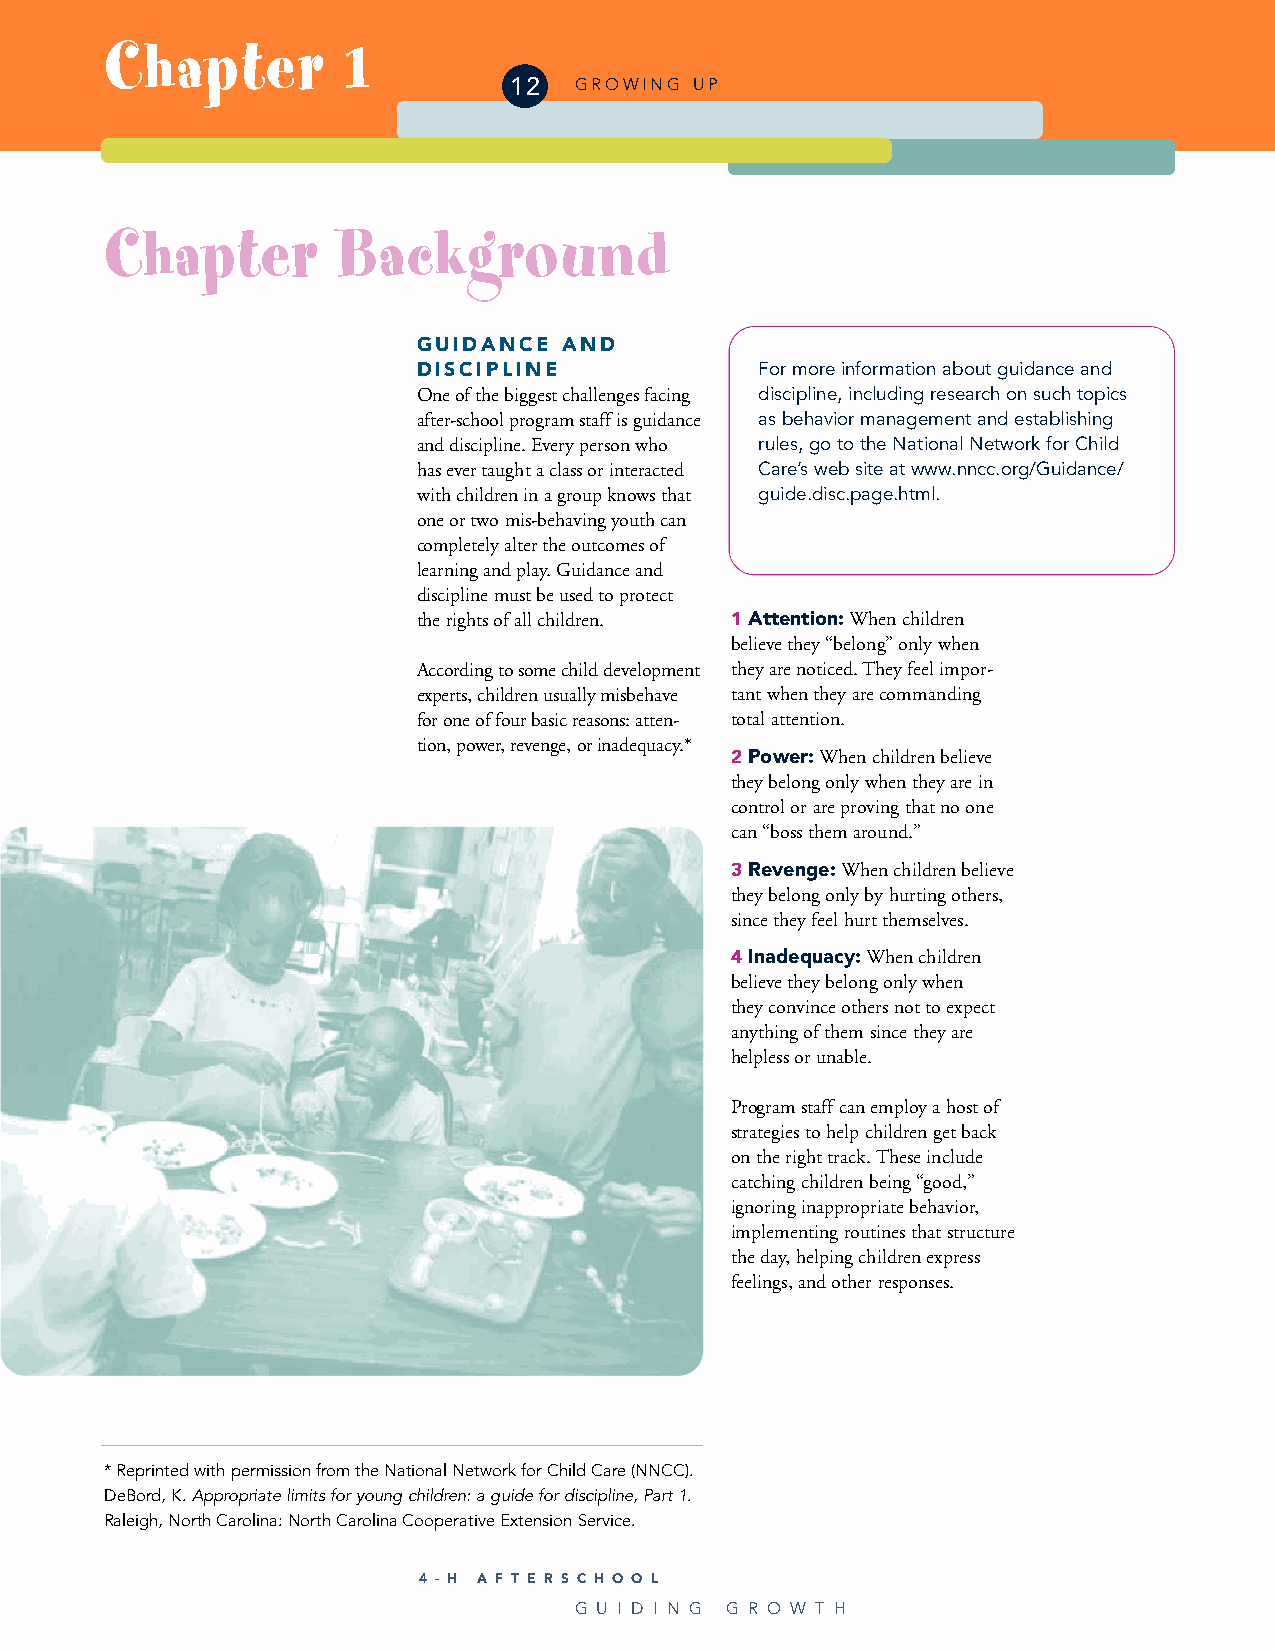
Chapter         1
 12  GROWING UP
 Chapter        Background
 GUIDANCE AND
 DISCIPLINE            For more information about guidance and
 One of the biggest challenges facing discipline, including research on such topics
 after-school program staff is guidance as behavior management and establishing
 and discipline. Every person who rules, go to the National Network for Child
 has ever taught a class or interacted Care’s web site at www.nncc.org/Guidance/
 with children in a group knows that guide.disc.page.html.
 one or two mis-behaving youth can
 completely alter the outcomes of
 learning and play. Guidance and
 discipline must be used to protect
 the rights of all children. 1 Attention:When children
 believe they “belong” only when
 According to some child development they are noticed. They feel impor-
 experts, children usually misbehave tant when they are commanding
 for one of four basic reasons: atten- total attention.
 tion, power, revenge, or inadequacy.*
 2 Power:When children believe
 they belong only when they are in
 control or are proving that no one
 can “boss them around.”
 3 Revenge:When children believe
 they belong only by hurting others,
 since they feel hurt themselves.
 4 Inadequacy:When children
 believe they belong only when
 they convince others not to expect
 anything of them since they are
 helpless or unable.
 Program staff can employ a host of
 strategies to help children get back
 on the right track. These include
 catching children being “good,”
 ignoring inappropriate behavior,
 implementing routines that structure
 the day, helping children express
 feelings, and other responses.
 * Reprinted with permission from the National Network for Child Care (NNCC).
 DeBord, K.Appropriate limits for young children: a guide for discipline, Part 1.
 Raleigh, North Carolina: North Carolina Cooperative Extension Service.
 4 - H A F T E R S C H O O L
 G U I D I N G G R O W T H